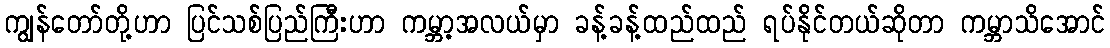
ကျွန်တော်တို့ဟာ ပြင်သစ်ပြည်ကြီးဟာ ကမ္ဘာ့အလယ်မှာ ခန့်ခန့်ထည်ထည် ရပ်နိုင်တယ်ဆိုတာ ကမ္ဘာသိအောင်